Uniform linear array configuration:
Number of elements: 32
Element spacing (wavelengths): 0.5
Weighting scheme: cosine
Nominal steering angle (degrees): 60
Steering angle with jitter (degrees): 58.806
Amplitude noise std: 0.05
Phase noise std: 0.05

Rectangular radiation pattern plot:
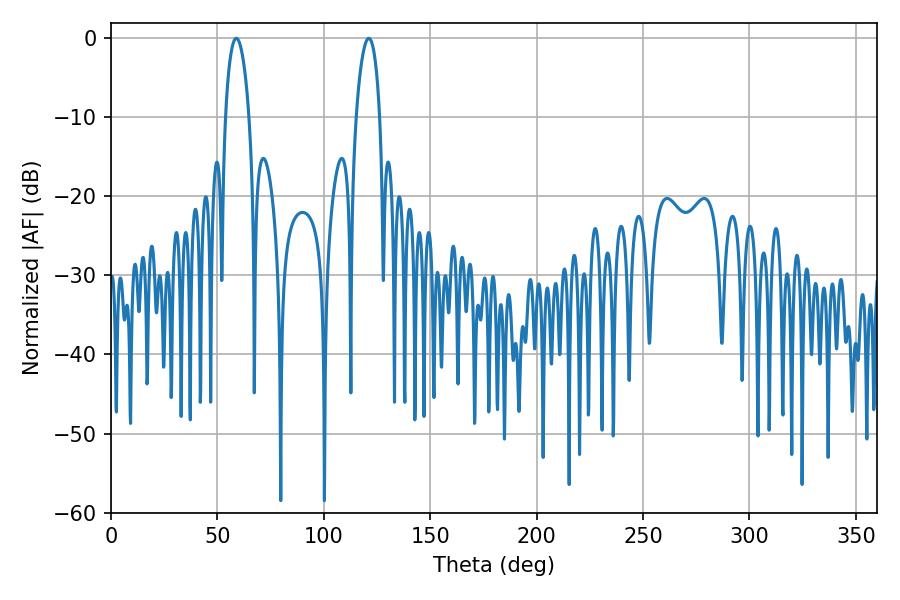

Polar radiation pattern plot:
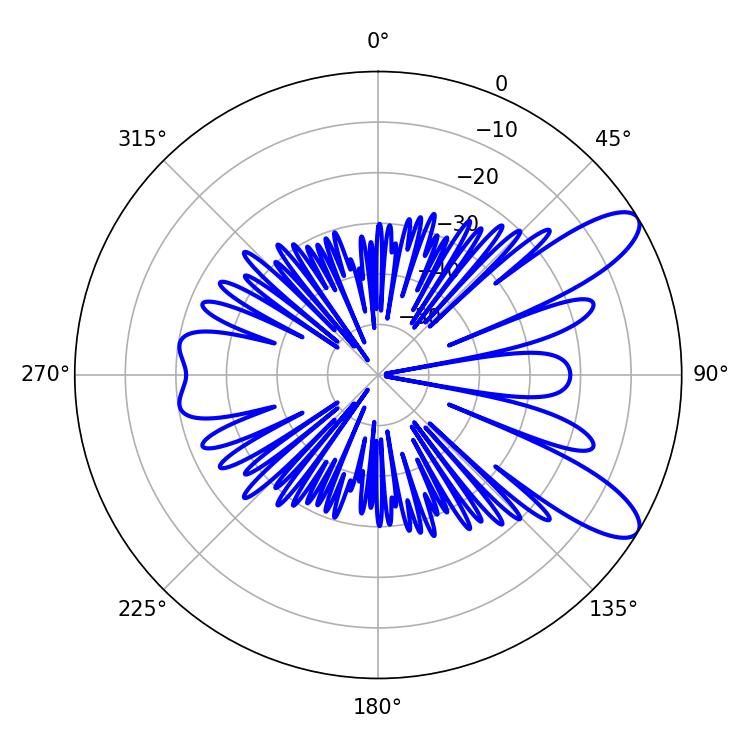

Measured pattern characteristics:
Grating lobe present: FALSE
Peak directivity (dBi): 9.922
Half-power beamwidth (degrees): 6.3
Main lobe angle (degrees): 58.86